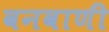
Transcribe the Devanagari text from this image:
वनवाणी